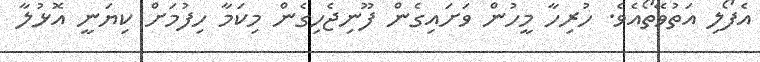
އެފޯލި އަތުވޭތޯއެވެ. ހުރިހާ މީހުން ވަށައިގެން ފޫނިޖެހިގެން މިކަމާ ހިފުމަށް ކިޔަނީ އޮޅުލާ